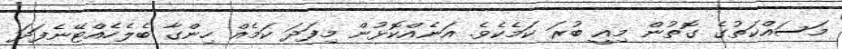
މަސައްކަތުގެ ގޮތުން މިއީ ބުރަ ކަމެކެވެ. އަނެއްކޮޅުން މިފަދަ ކަމެއް ހިންގާ ބެލެހެއްޓޭނެފަދަ